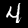
Digit: 4